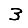
Digit: 3